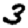
Digit: 3